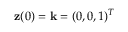
{ \bf z } ( 0 ) = { \bf k } = ( 0 , 0 , 1 ) ^ { T }